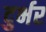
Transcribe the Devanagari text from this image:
दुर्भर